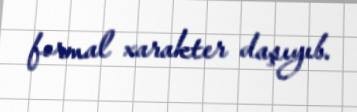
formal xarakter daşıyıb.